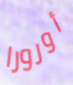
أورورا